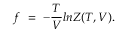
f ~ = ~ - { \frac { T } { V } } l n { { \cal { Z } } ( T , V ) } .